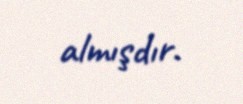
almışdır.